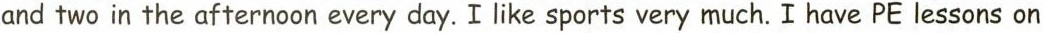
and two in the afternoon every day.Ilike sports very much. I have PE lessons on